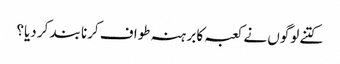
کتنے لوگوں نے کعبہ کا برہنہ طواف کرنا بند کر دیا؟